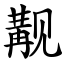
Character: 觏